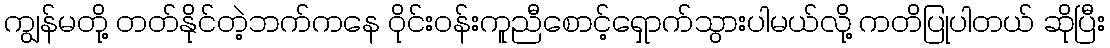
ကျွန်မတို့ တတ်နိုင်တဲ့ဘက်ကနေ ဝိုင်းဝန်းကူညီစောင့်ရှောက်သွားပါမယ်လို့ ကတိပြုပါတယ် ဆိုပြီး